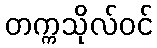
တက္ကသိုလ်ဝင်